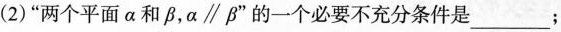
(2)”两个平面\alpha 和\beta ,$$\alpha \parallel \beta $$的一个必要不充分条件是___；